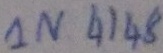
Text: 1N4148